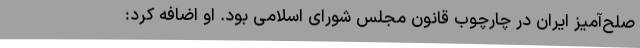
صلح‌آمیز ایران در چارچوب قانون مجلس شورای اسلامی بود. او اضافه کرد: